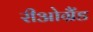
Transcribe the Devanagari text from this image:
रीओग्रैंड